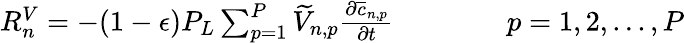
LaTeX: \begin{array}{r}{R_{n}^{V}=-(1-\epsilon)P_{L}\sum_{p=1}^{P}\widetilde{V}_{n,p}\frac{\partial\overline{{c}}_{{n,p}}}{\partial t}\qquad\qquad p=1,2,...,P}\end{array}